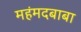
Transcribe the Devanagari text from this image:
महंमदबाबा